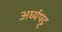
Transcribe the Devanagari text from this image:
अर्घ्यपट्ट